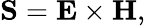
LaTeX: \mathbf{S}=\mathbf{E}\times\mathbf{H},